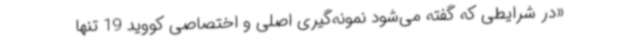
«در شرایطی که گفته می‌شود نمونه‌گیری اصلی و اختصاصی کووید 19 تنها